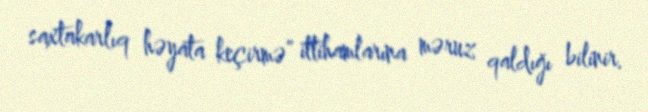
saxtakarlıq həyata keçirmə” ittihamlarına məruz qaldığı bilinir.